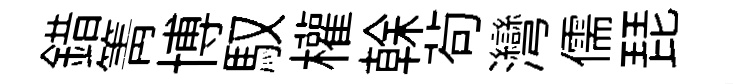
錯箐博馭權𠏉茍灣儒琵